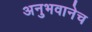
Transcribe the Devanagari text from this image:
अनुभवानेच